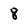
Character: 8